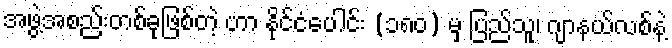
အဖွဲ့အစည်းတစ်ခုဖြစ်တဲ့ ဟာ နိုင်ငံပေါင်း (၁၈ဝ) မှ ပြည်သူ၊ ဂျာနယ်လစ်နဲ့